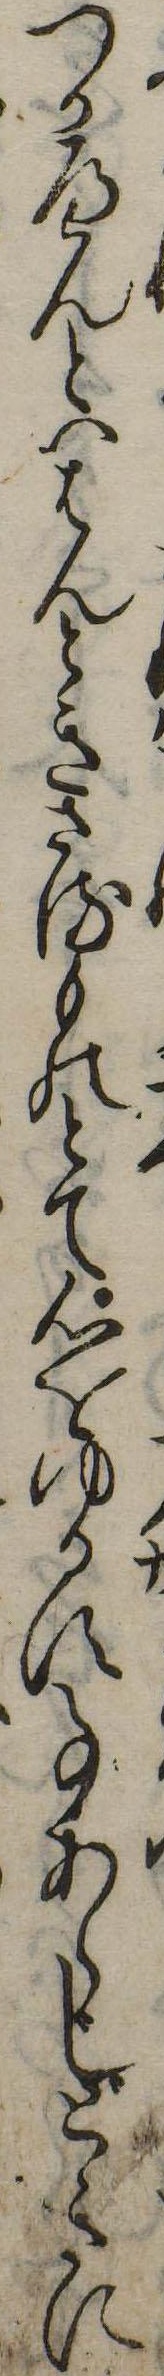
つかへんといはんときさるものとて心をゆるす事あらじときに